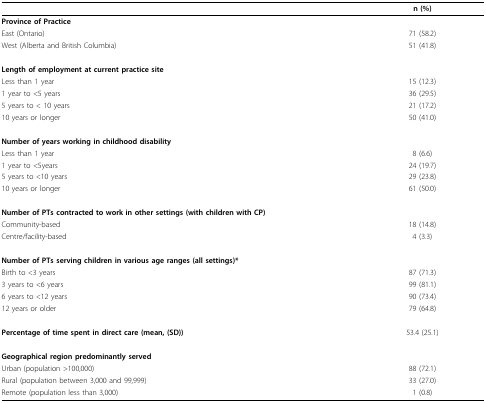
|  | n (%) |
 | --- | --- |
 | Province of Practice |  |
 | East (Ontario) | 71 (58.2) |
 | West (Alberta and British Columbia) | 51 (41.8) |
 | Length of employment at current practice site |  |
 | Less than 1 year | 15 (12.3) |
 | 1 year to <5 years | 36 (29.5) |
 | 5 years to < 10 years | 21 (17.2) |
 | 10 years or longer | 50 (41.0) |
 | Number of years working in childhood disability |  |
 | Less than 1 year | 8 (6.6) |
 | 1 year to <5years | 24 (19.7) |
 | 5 years to <10 years | 29 (23.8) |
 | 10 years or longer | 61 (50.0) |
 | Number of PTs contracted to work in other settings (with children with CP) |  |
 | Community-based | 18 (14.8) |
 | Centre/facility-based | 4 (3.3) |
 | Number of PTs serving children in various age ranges (all settings)* |  |
 | Birth to <3 years | 87 (71.3) |
 | 3 years to <6 years | 99 (81.1) |
 | 6 years to <12 years | 90 (73.4) |
 | 12 years or older | 79 (64.8) |
 | Percentage of time spent in direct care (mean, (SD)) | 53.4 (25.1) |
 | Geographical region predominantly served |  |
 | Urban (population >100,000) | 88 (72.1) |
 | Rural (population between 3,000 and 99,999) | 33 (27.0) |
 | Remote (population less than 3,000) | 1 (0.8) |